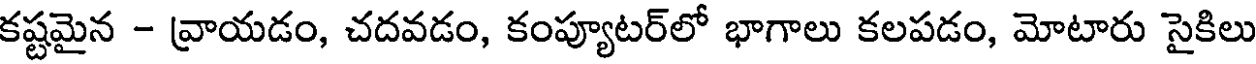
కష్టమైన - వ్రాయడం, చదవడం, కంప్యూటర్లో భాగాలు కలపడం, మోటారు సైకిలు